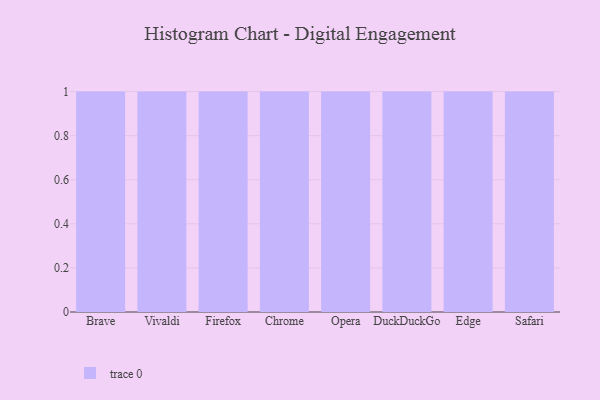
{"axis": {"x": "Browser", "y": "Satisfaction Score"}, "legend": [""], "data": [{"x": "Brave", "y": 37, "type": ""}, {"x": "Vivaldi", "y": 88, "type": ""}, {"x": "Firefox", "y": 36, "type": ""}, {"x": "Chrome", "y": 99, "type": ""}, {"x": "Opera", "y": 30, "type": ""}, {"x": "DuckDuckGo", "y": 52, "type": ""}, {"x": "Edge", "y": 28, "type": ""}, {"x": "Safari", "y": 50, "type": ""}]}